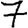
Digit: 7